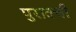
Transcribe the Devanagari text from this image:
पुरातची